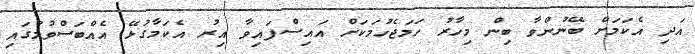
އަދި އެކަމަށް ބޭނުންވާ ބިން މިހާރު ހަމަޖެހުމަކަށް އައިސްފައިވާ އިރު އެކަމާގުޅޭ އެއްބަސްވުމުގައި